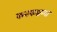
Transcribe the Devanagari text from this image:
कनकश्रन्गा